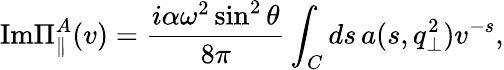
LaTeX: \mathrm{Im}\Pi_{\parallel}^{A}(v)=\frac{i\alpha\omega^{2}\sin^{2}\theta}{8\pi}\int_{C}ds\, a(s,q_{\bot}^{2})v^{-s},